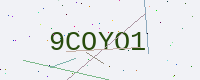
Text: 9COYO1